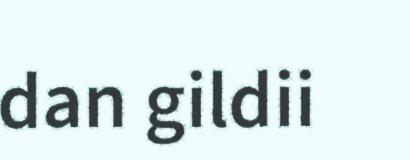
dan gildii